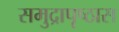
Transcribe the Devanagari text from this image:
समुद्रापृष्ठास